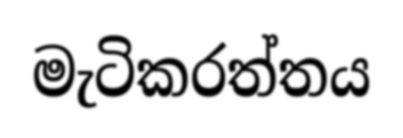
මැටිකරත්තය